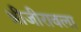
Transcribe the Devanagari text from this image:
श्रीजीरावला